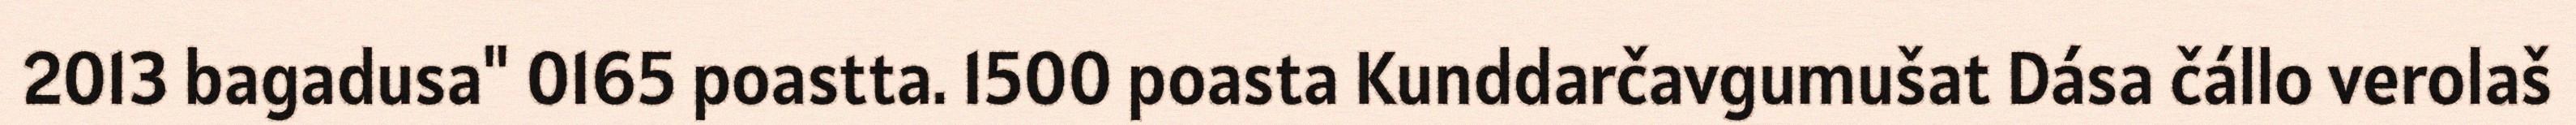
2013 bagadusa" 0165 poastta. 1500 poasta Kunddarčavgumušat Dása čállo verolaš